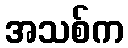
အသစ်က